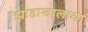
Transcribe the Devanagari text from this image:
झाडाखालच्या